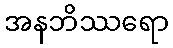
အနဘိဿရော